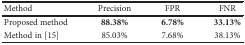
<table><thead><tr><td><b>Method</b></td><td><b>Precision</b></td><td><b>FPR</b></td><td><b>FNR</b></td></tr></thead><tbody><tr><td>Proposed method</td><td><b>88.38%</b></td><td><b>6.78%</b></td><td><b>33.13%</b></td></tr><tr><td>Method in [15]</td><td>85.03%</td><td>7.68%</td><td>38.13%</td></tr></tbody></table>